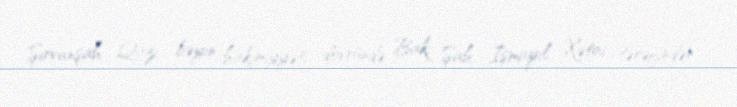
Şirvanşah Qazi bəyin hakimiyyəti dövründə Bakı Şah İsmayıl Xətai tərəfindən